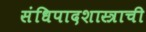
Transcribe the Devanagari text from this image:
संधिपादशास्त्राची